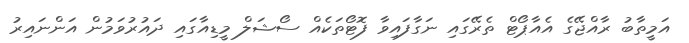
އަމީތާބު ރާއްޖޭގެ އެއާޕޯޓް ތެރޭގައި ނަގާފައިވާ ފޮޓޯތަކެއް ސޯޝަލް މީޑިއާގައި ދައުރުވަމުން އަންނައިރު